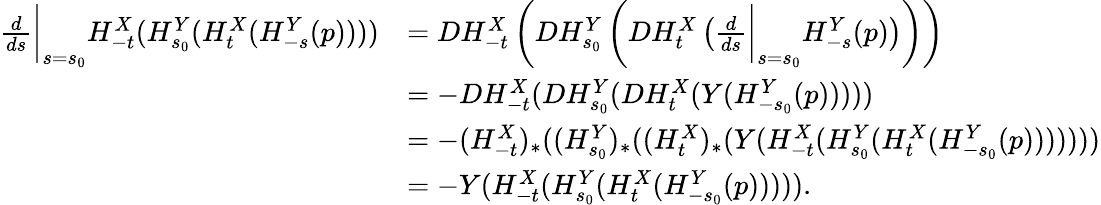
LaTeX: \begin{array}{rl}{\frac{d}{ds}\bigg\vert_{s=s_{0}}H_{-t}^{X}(H_{s_{0}}^{Y}(H_{t}^{X}(H_{-s}^{Y}(p))))}&{=DH_{-t}^{X}\left(DH_{s_{0}}^{Y}\left(DH_{t}^{X}\left(\frac{d}{ds}\bigg\vert_{s=s_{0}}H_{-s}^{Y}(p)\right)\right)\right)}\\ &{=-DH_{-t}^{X}(DH_{s_{0}}^{Y}(DH_{t}^{X}(Y(H_{-s_{0}}^{Y}(p)))))}\\ &{=-(H_{-t}^{X})_{*}((H_{s_{0}}^{Y})_{*}((H_{t}^{X})_{*}(Y(H_{-t}^{X}(H_{s_{0}}^{Y}(H_{t}^{X}(H_{-s_{0}}^{Y}(p)))))))}\\ &{=-Y(H_{-t}^{X}(H_{s_{0}}^{Y}(H_{t}^{X}(H_{-s_{0}}^{Y}(p))))).}\end{array}